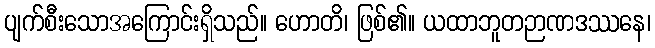
ပျက်စီးသောအကြောင်းရှိသည်။ ဟောတိ၊ ဖြစ်၏။ ယထာဘူတဉာဏဒဿနေ၊